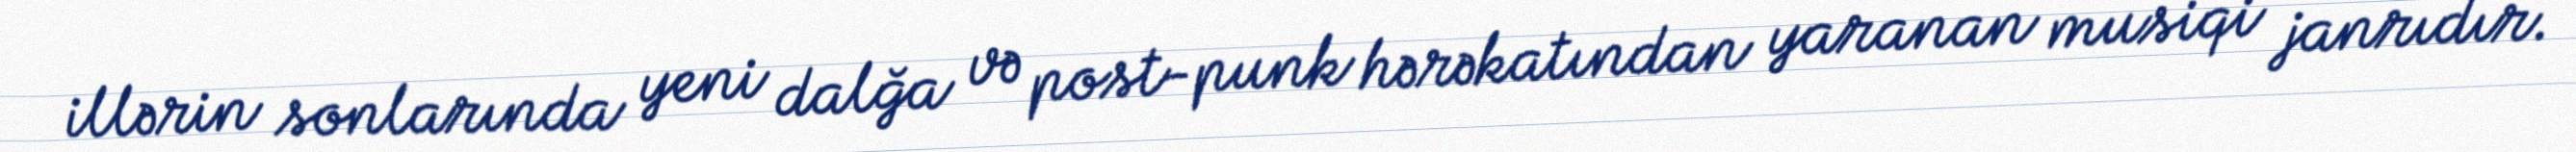
illərin sonlarında yeni dalğa və post-punk hərəkatından yaranan musiqi janrıdır.